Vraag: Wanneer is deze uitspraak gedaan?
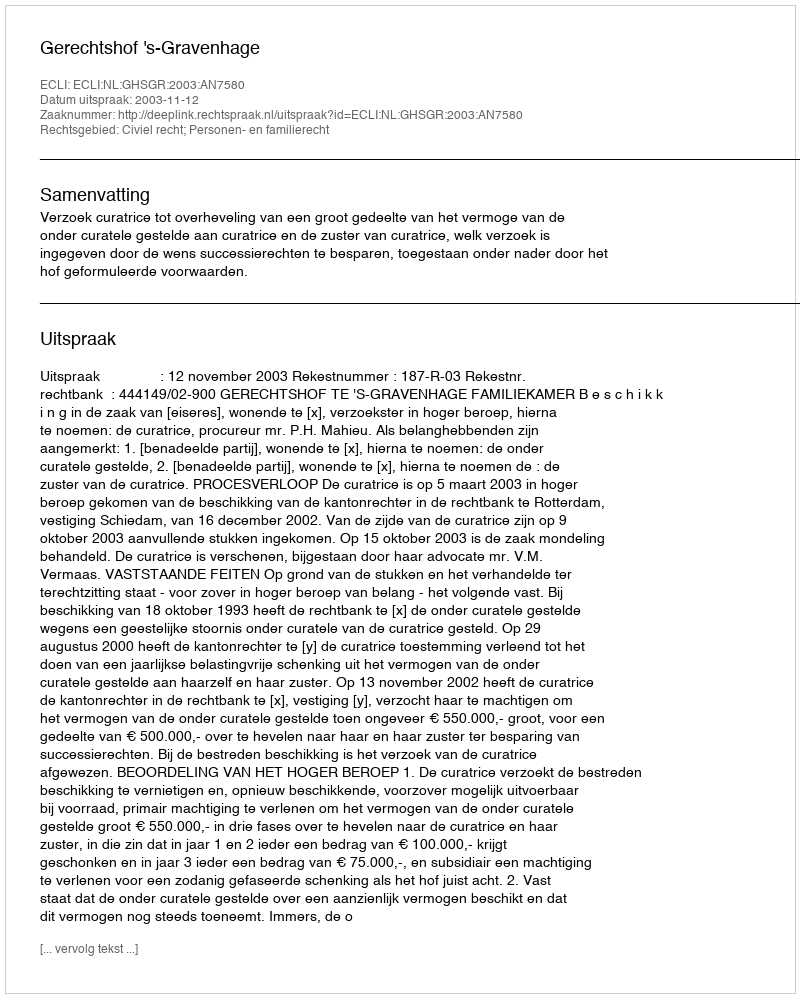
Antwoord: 2003-11-12